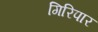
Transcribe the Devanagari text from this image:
गिरिपार